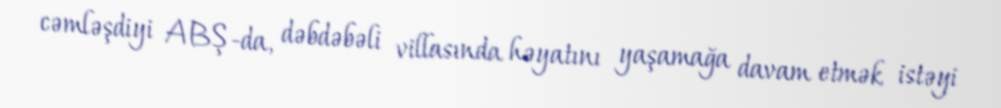
cəmləşdiyi ABŞ-da, dəbdəbəli villasında həyatını yaşamağa davam etmək istəyi